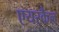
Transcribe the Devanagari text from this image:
एयरकैल